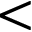
<